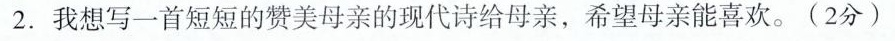
2.我想写一首短短的赞美母亲的现代诗给母亲，希望母亲能喜欢。(2分)